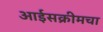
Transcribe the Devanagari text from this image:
आईसक्रीमचा